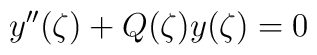
y''(\zeta) + Q(\zeta) y(\zeta)=0